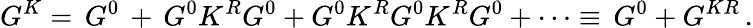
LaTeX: G^{K}=\, G^{0}\, +\, G^{0}K^{R}G^{0}+G^{0}K^{R}G^{0}K^{R}G^{0}+\cdots\equiv\, G^{0}+G^{KR}\, .